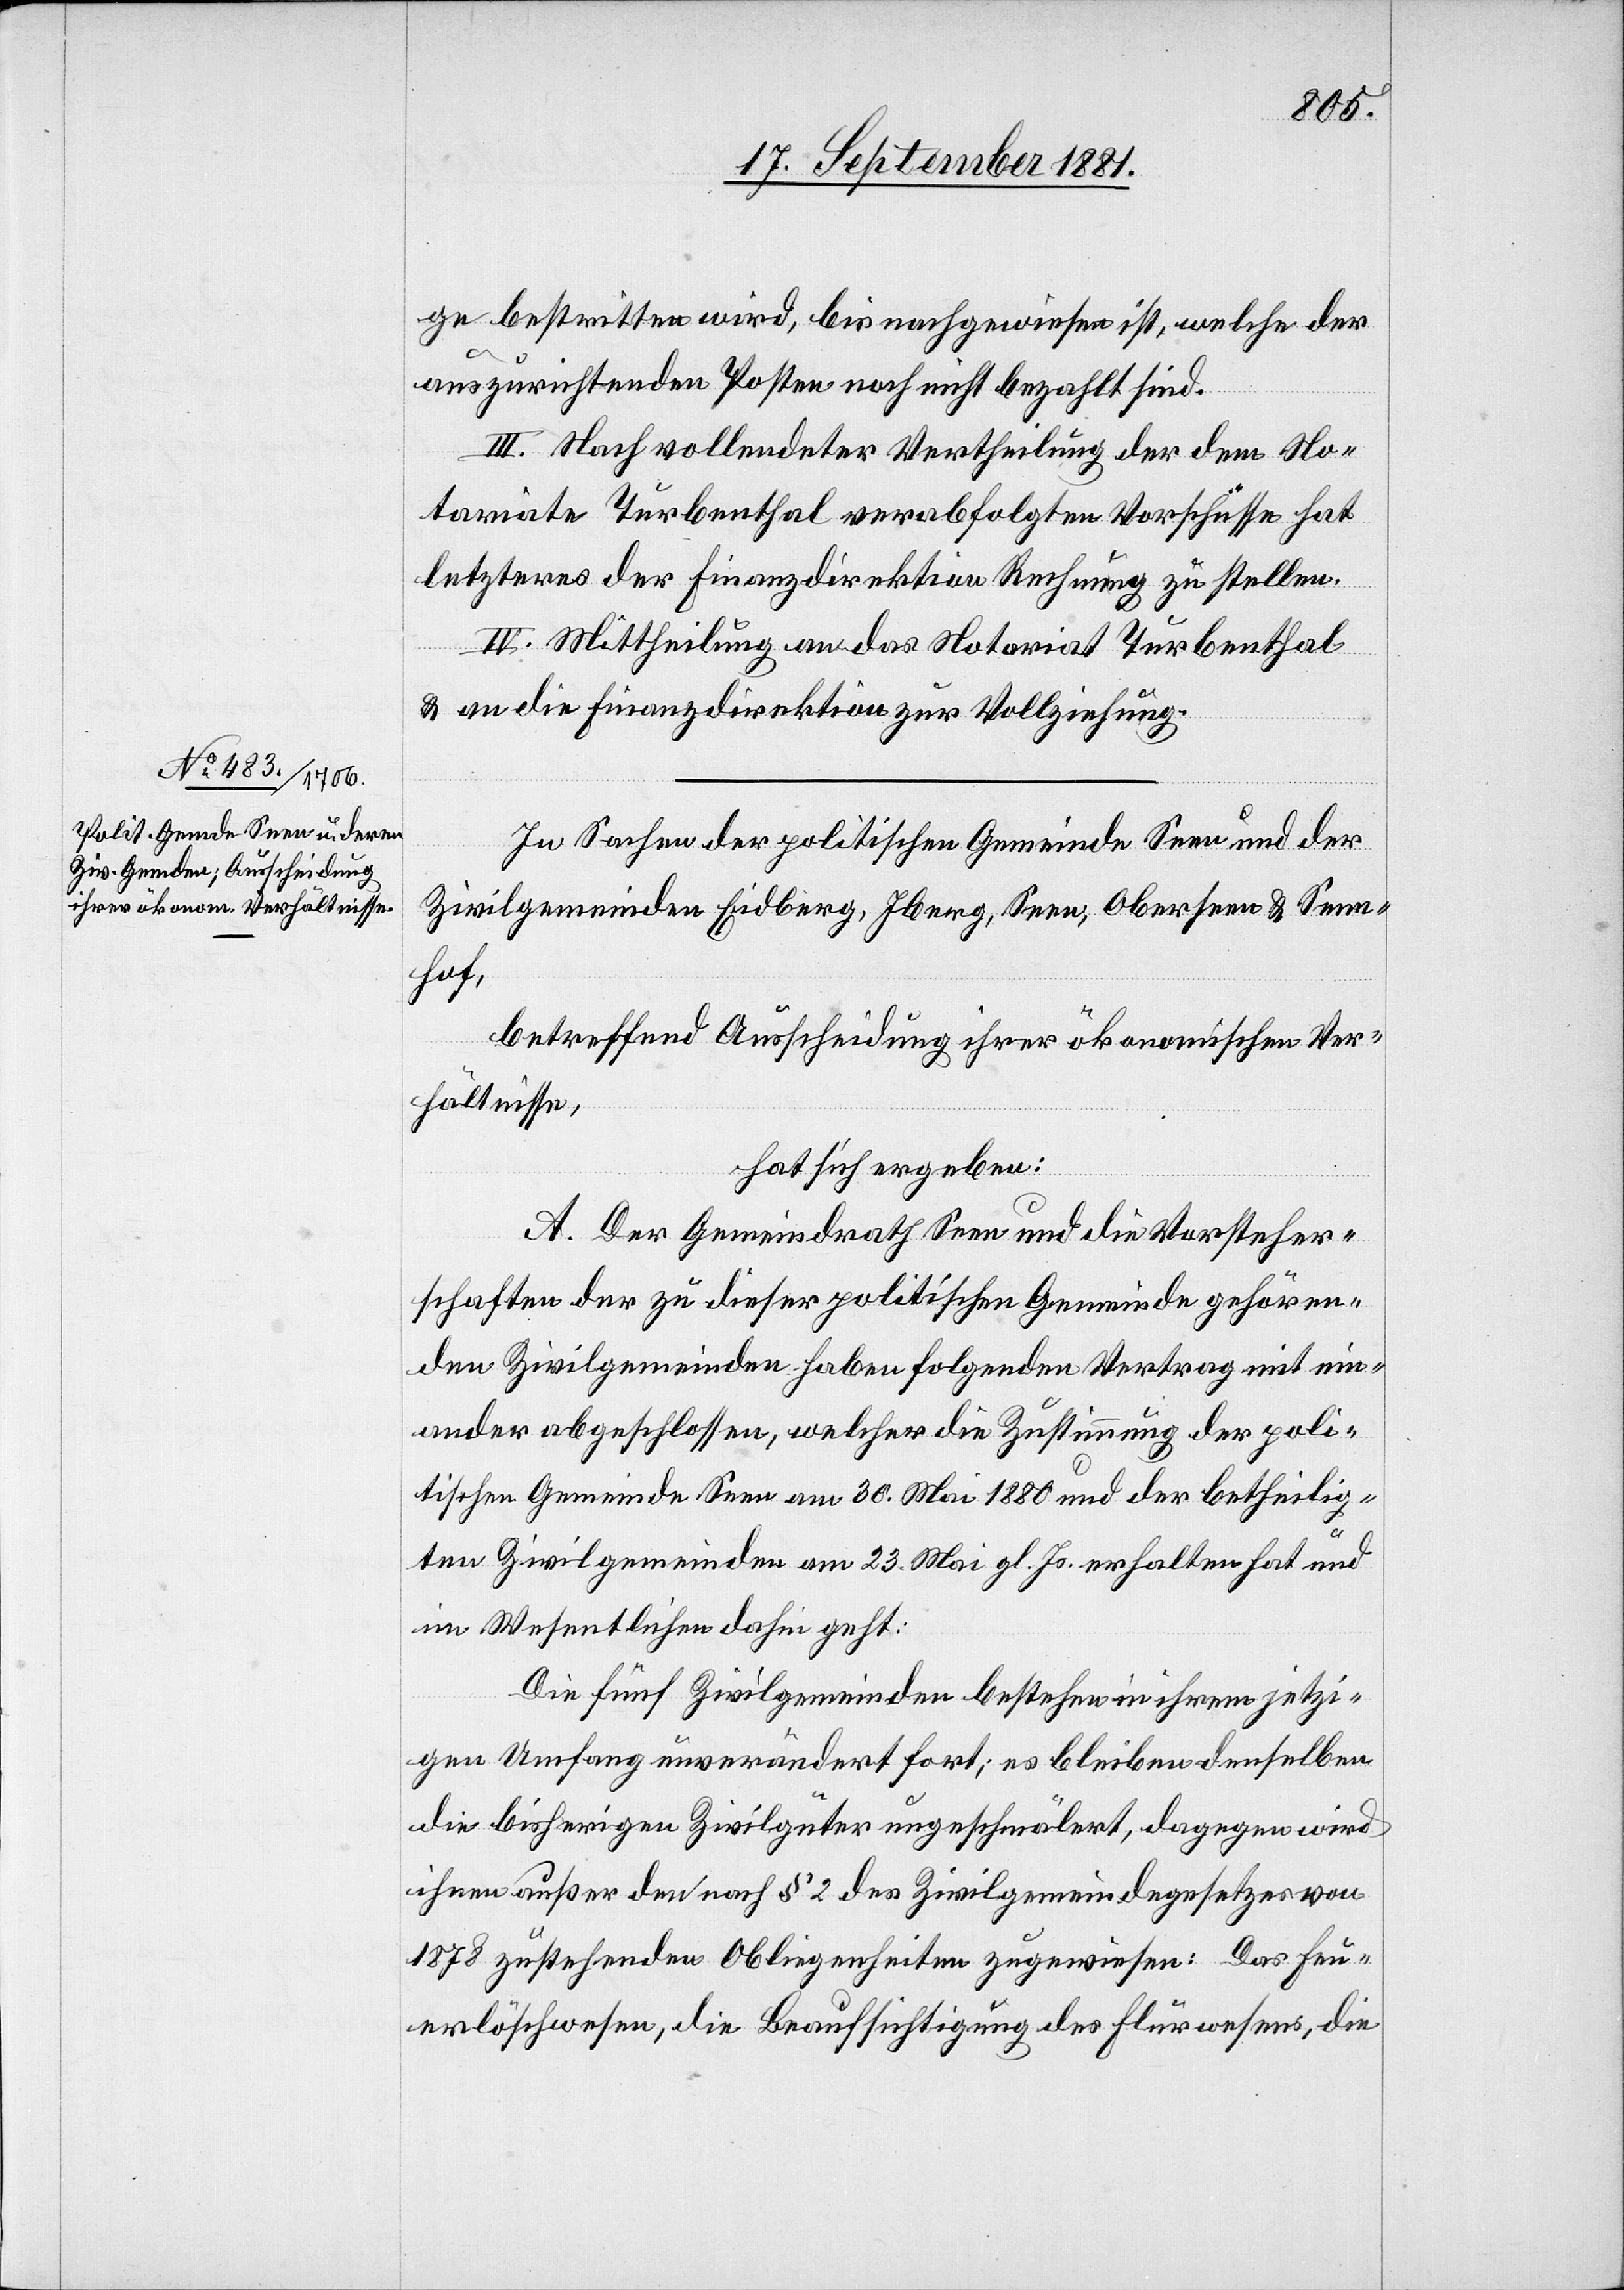
ge bestritten wird, bis nachgewiesen ist, welche der
auszurichtenden Posten noch nicht bezahlt sind.
III. Nach vollendeter Vertheilung der dem No¬
tariate Turbenthal verabfolgten Vorschüsse hat
letzteres der Finanzdirektion Rechnung zu stellen.
IV. Mittheilung an das Notariat Turbenthal
& an die Finanzdirektion zur Vollziehung.
In Sachen der politischen Gemeinde Seen und der
Zivilgemeinden Eidberg, Iberg, Seen, Oberseen & Seen¬
hof,
betreffend Ausscheidung ihrer ökonomischen Ver¬
hältnissen,
hat sich ergeben:
A. Der Gemeindrath Seen und die Vorsteher¬
schaften der zu dieser politischen Gemeinde gehören¬
den Zivilgemeinden haben folgenden Vertrag mit ein¬
ander abgeschlossen, welcher die Zustimmung der poli¬
tischen Gemeinde Seen am 30. Mai 1880 und der betheilig¬
ten Zivilgemeinden am 23. Mai gl. Js. erhalten hat und
im Wesentlichen dahin geht:
Die fünf Zivilgemeinden bestehen in ihrem jetzi¬
gen Umfang unverändert fort; es bleiben denselben
die bisherigen Zivilgüter ungeschmälert, dagegen wird
ihnen außer den nach § 2 des Zivilgemeindegesetzes von
1878 zustehenden Obliegenheiten zugewiesen: Das Feu¬
erlöschwesen, die Beaufsichtigung des Flurwesens, die